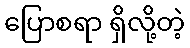
ပြောစရာ ရှိလို့တဲ့